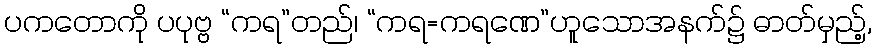
ပကတောကို ပပုဗ္ဗ “ကရ”တည်၊ “ကရ=ကရဏေ”ဟူသောအနက်၌ ဓာတ်မှည့်,